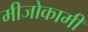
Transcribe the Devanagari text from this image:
मीजोकामी